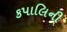
કપાલિની